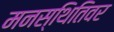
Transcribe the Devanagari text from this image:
मनस्थितिवर